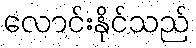
လောင်းနိုင်သည်